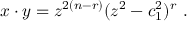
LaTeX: x \cdot y = z ^ { 2 ( n - r ) } ( z ^ { 2 } - c _ { 1 } ^ { 2 } ) ^ { r } ~ .